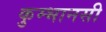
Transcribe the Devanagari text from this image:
कुम्भानसी